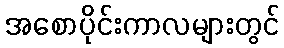
အစောပိုင်းကာလများတွင်